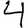
Digit: 4